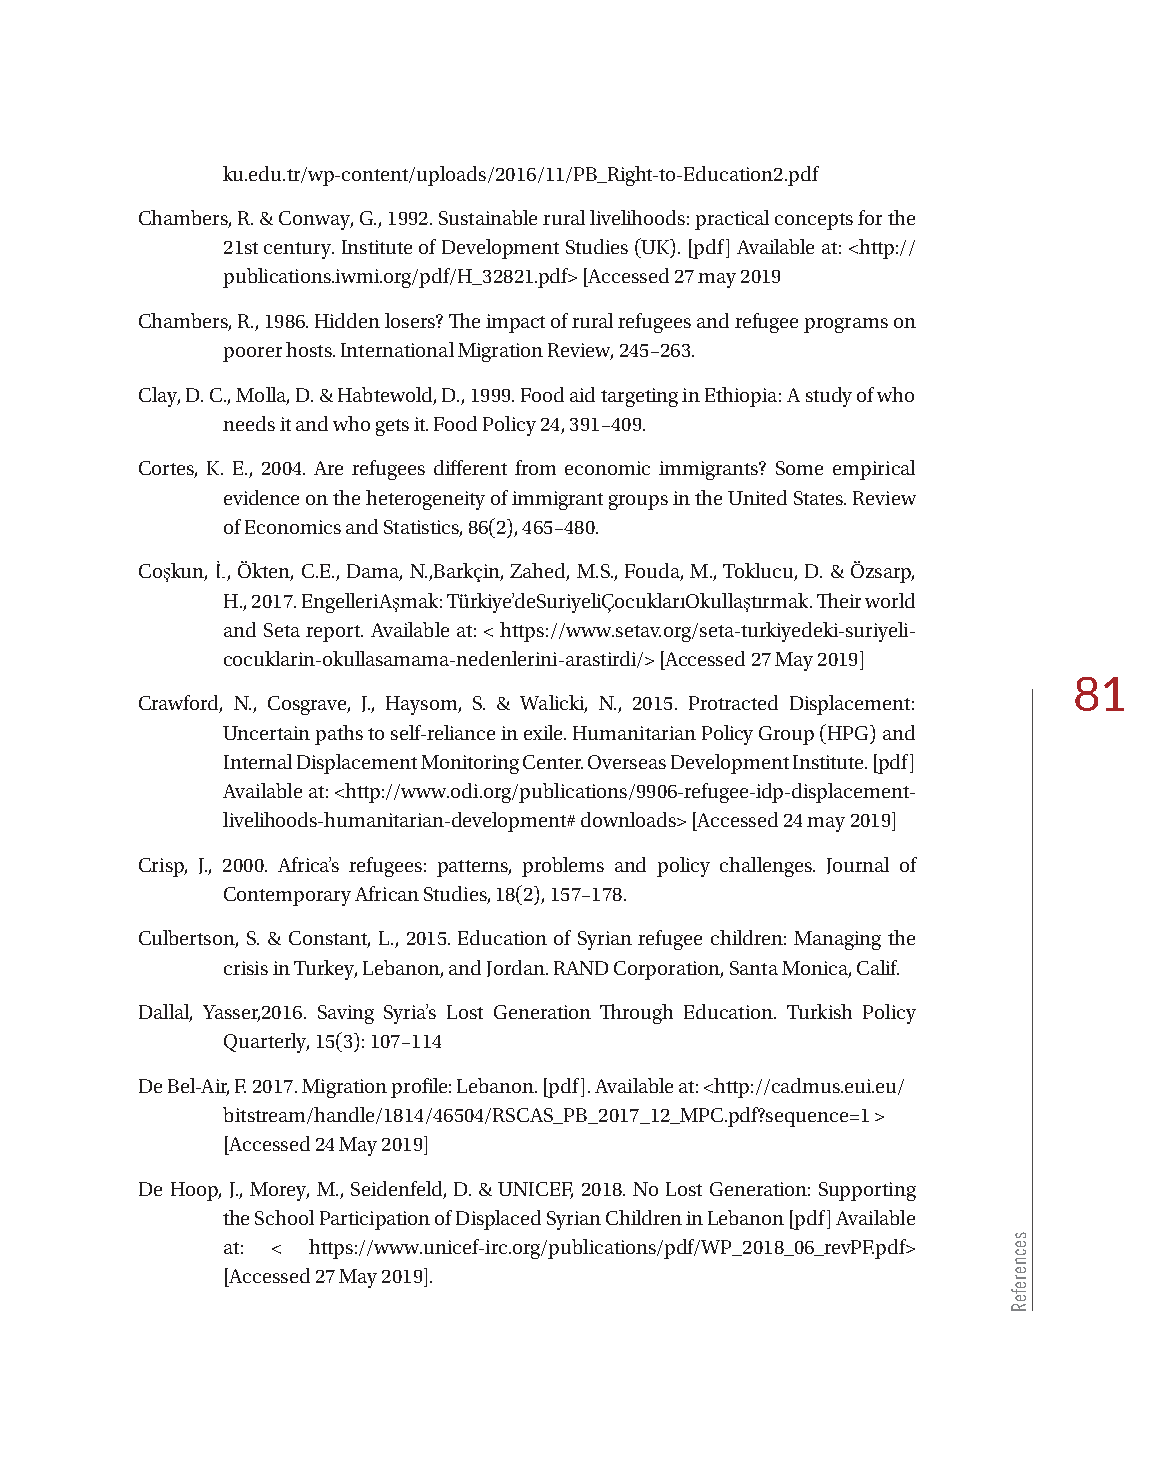
ku.edu.tr/wp-content/uploads/2016/11/PB_Right-to-Education2.pdf
 Chambers, R. & Conway, G., 1992. Sustainable rural livelihoods: practical concepts for the
 21st century. Institute of Development Studies (UK). [pdf] Available at: <http://
 publications.iwmi.org/pdf/H_32821.pdf> [Accessed 27 may 2019
 Chambers, R., 1986. Hidden losers? The impact of rural refugees and refugee programs on
 poorer hosts. International Migration Review, 245–263.
 Clay, D. C., Molla, D. & Habtewold, D., 1999. Food aid targeting in Ethiopia: A study of who
 needs it and who gets it. Food Policy 24, 391–409.
 Cortes, K. E., 2004. Are refugees different from economic immigrants? Some empirical
 evidence on the heterogeneity of immigrant groups in the United States. Review
 of Economics and Statistics, 86(2), 465–480.
 Coşkun, İ., Ökten, C.E., Dama, N.,Barkçin, Zahed, M.S., Fouda, M., Toklucu, D. & Özsarp,
 H., 2017. EngelleriAşmak: Türkiye’deSuriyeliÇocuklarıOkullaştırmak. Their world
 and Seta report. Available at: < https://www.setav.org/seta-turkiyedeki-suriyeli-
 cocuklarin-okullasamama-nedenlerini-arastirdi/> [Accessed 27 May 2019]
 81
 Crawford, N., Cosgrave, J., Haysom, S. & Walicki, N., 2015. Protracted Displacement:
 Uncertain paths to self-reliance in exile. Humanitarian Policy Group (HPG) and
 Internal Displacement Monitoring Center. Overseas Development Institute. [pdf]
 Available at: <http://www.odi.org/publications/9906-refugee-idp-displacement-
 livelihoods-humanitarian-development# downloads> [Accessed 24 may 2019]
 Crisp, J., 2000. Africa’s refugees: patterns, problems and policy challenges. Journal of
 Contemporary African Studies, 18(2), 157–178.
 Culbertson, S. & Constant, L., 2015. Education of Syrian refugee children: Managing the
 crisis in Turkey, Lebanon, and Jordan. RAND Corporation, Santa Monica, Calif.
 Dallal, Yasser,2016. Saving Syria’s Lost Generation Through Education. Turkish Policy
 Quarterly, 15(3): 107–114
 De Bel-Air, F. 2017. Migration profile: Lebanon. [pdf]. Available at: <http://cadmus.eui.eu/
 bitstream/handle/1814/46504/RSCAS_PB_2017_12_MPC.pdf?sequence=1 >
 [Accessed 24 May 2019]
 De Hoop, J., Morey, M., Seidenfeld, D. & UNICEF, 2018. No Lost Generation: Supporting
 the School Participation of Displaced Syrian Children in Lebanon [pdf] Available
 at: < https://www.unicef-irc.org/publications/pdf/WP_2018_06_revPF.pdf>
 [Accessed 27 May 2019].
 secnerefeR